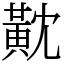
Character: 黆